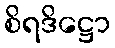
စိရဒိဋ္ဌော